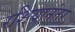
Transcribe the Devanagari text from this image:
रशियानंतर